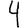
Digit: 4